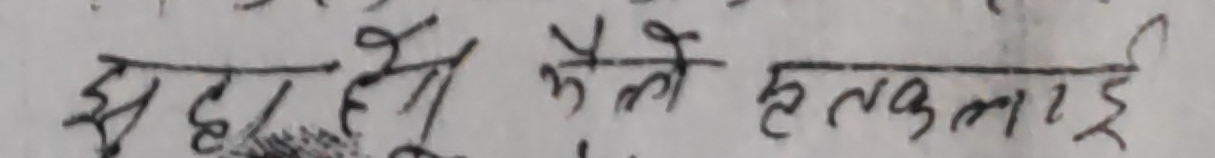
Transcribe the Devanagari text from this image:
झुक्कियो के ले हुतलखाई